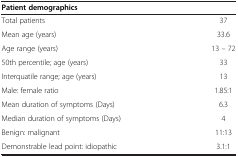
| <COLSPAN=2> Patient demographics |
 | --- | --- |
 | Total patients | 37 |
 | Mean age (years) | 33.6 |
 | Age range (years) | 13 – 72 |
 | 50th percentile; age (years) | 33 |
 | Interquatile range; age (years) | 13 |
 | Male: female ratio | 1.85:1 |
 | Mean duration of symptoms (Days) | 6.3 |
 | Median duration of symptoms (Days) | 4 |
 | Benign: malignant | 11:13 |
 | Demonstrable lead point: idiopathic | 3.1:1 |